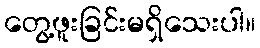
တွေ့ဖူးခြင်းမရှိသေးပါ။